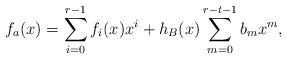
LaTeX: \begin{align*} f_{a}(x)=\sum_{i=0}^{r-1}f_i(x)x^i+h_{B}(x)\sum_{m=0}^{r-t-1}b_mx^m, \end{align*}